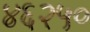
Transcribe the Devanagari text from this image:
४६२५०